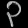
Digit: ၃